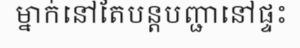
ម្នាក់នៅតែបន្តបញ្ជានៅផ្ទះ